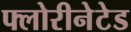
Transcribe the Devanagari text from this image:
फ्लोरीनेटेड